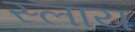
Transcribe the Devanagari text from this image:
स्लाय